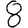
Digit: 8